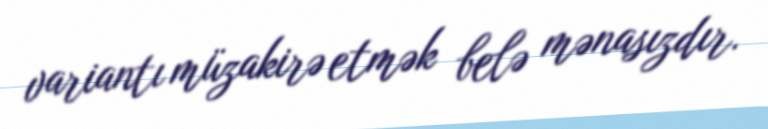
variantı müzakirə etmək belə mənasızdır.